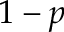
1 - p